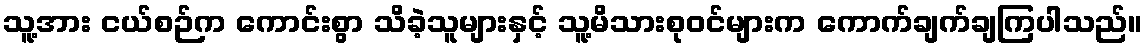
သူ့အား ငယ်စဉ်က ကောင်းစွာ သိခဲ့သူများနှင့် သူ့မိသားစုဝင်များက ကောက်ချက်ချကြပါသည်။